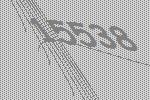
15538